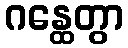
ဂန္ထေတွာ